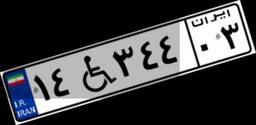
۱۴W۳۴۴۰۳